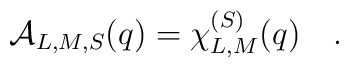
{\cal A}_{L,M,S}(q) = \chi_{L,M}^{(S)}(q)\quad.